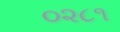
૦૨૮૧